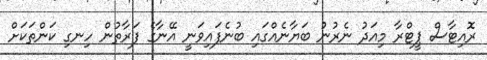
ރޮއިޓާސް ޕީޓްރާ މިއަދު ނެރުނު ބަޔާނެއްގައި ބުނެފައިވަނީ އޭނާގެ ފަރާތުން ހިނގި ކަންތަކަށް